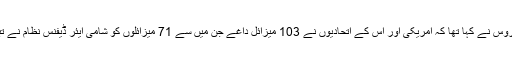
اس سے قبل روس نے کہا تھا کہ امریکی اور اس کے اتحادیوں نے 103 میزائل داغے جن میں سے 71 میزائلوں کو شامی ایئر ڈیفنس نظام نے تباہ کر دیا گیا۔